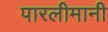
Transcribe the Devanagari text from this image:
पारलीमानी